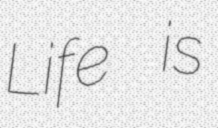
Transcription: Life is